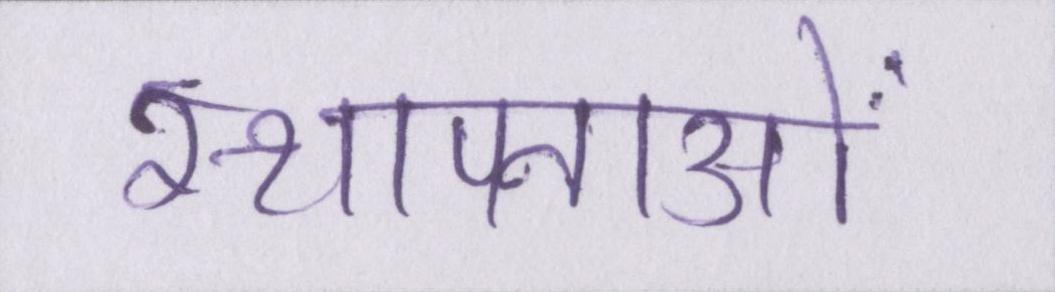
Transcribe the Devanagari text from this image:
स्थापनाओं